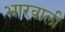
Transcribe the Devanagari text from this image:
भारवाली